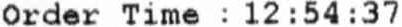
ORDER TIME : 12:54:37